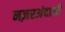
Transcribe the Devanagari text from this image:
नज़रअंदाजी